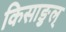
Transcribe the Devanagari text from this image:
किसाङुल्